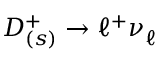
D _ { ( s ) } ^ { + } \to \ell ^ { + } \nu _ { \ell } ^ { }